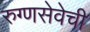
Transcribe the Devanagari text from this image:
रुग्णसेवेची